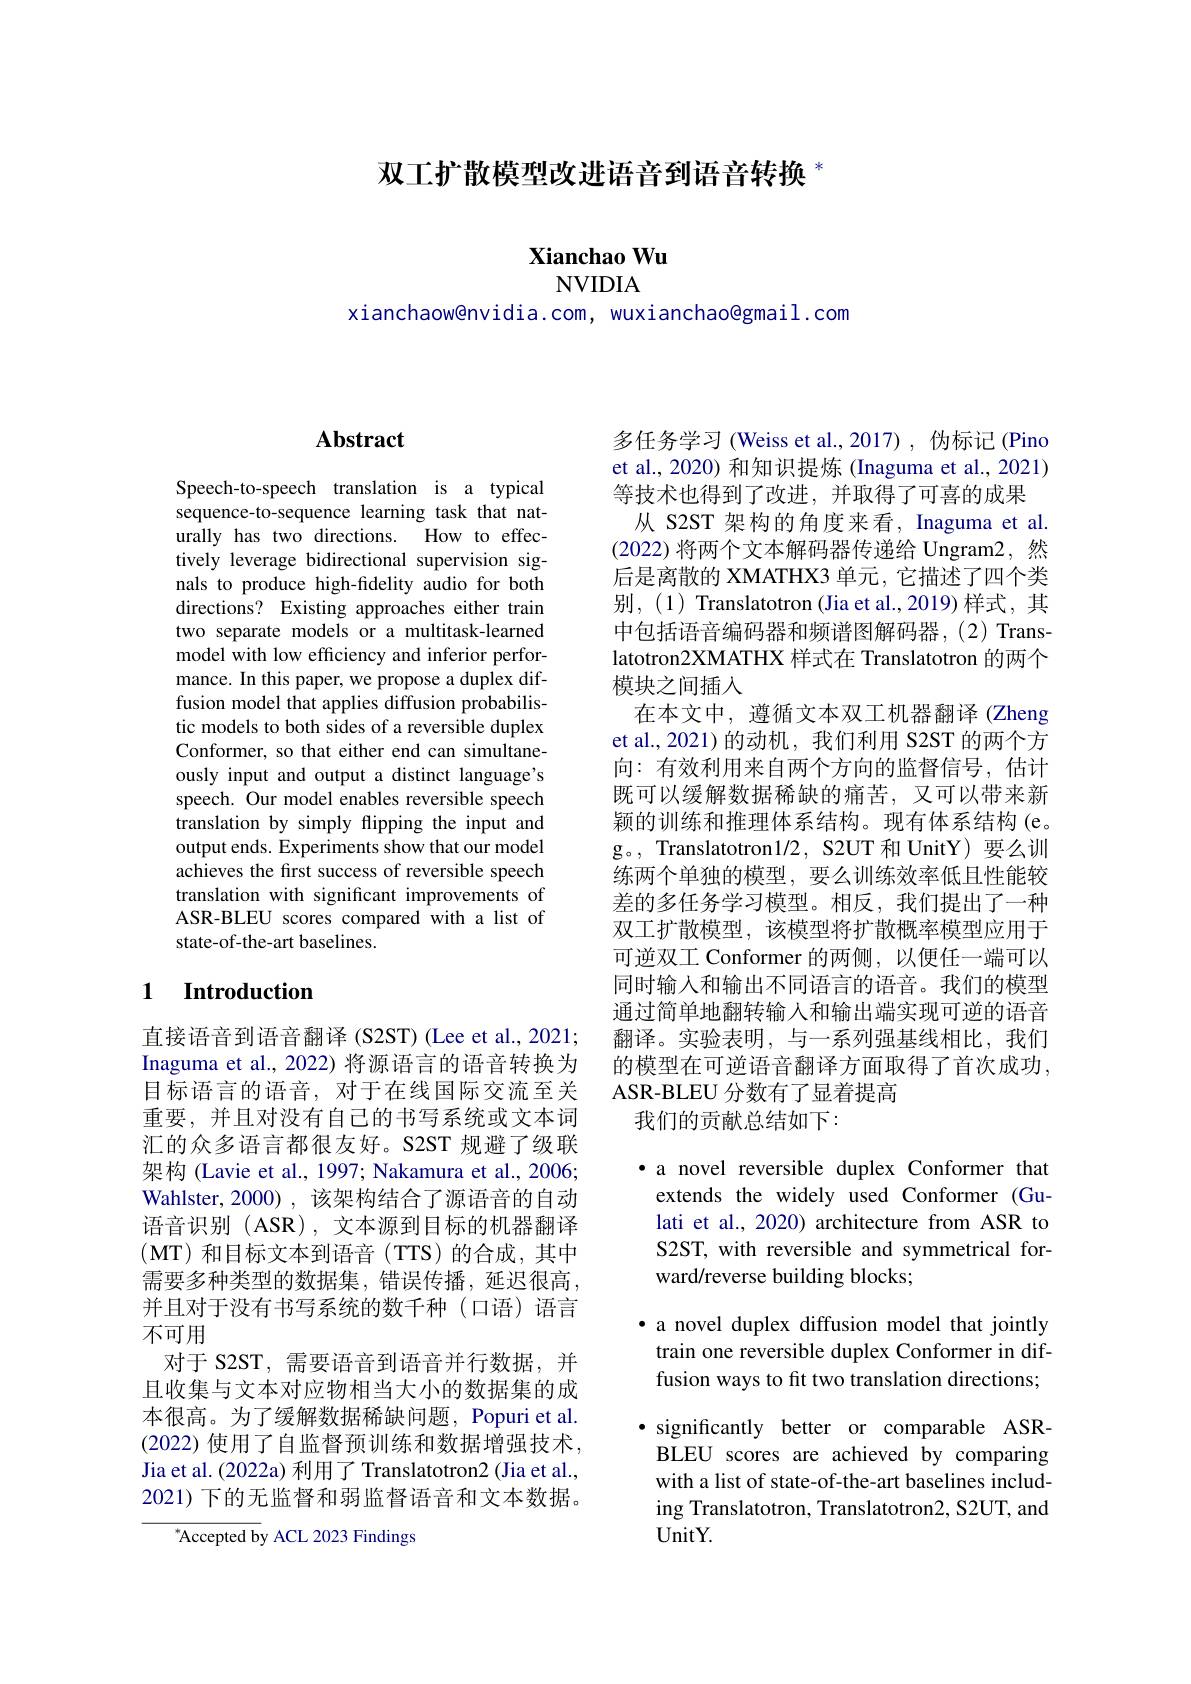
双工扩散模型改进语音到语音转换$^{*}$

## Xianchao Wu NVIDIA

xianchaowenvidia.com, wuxianchao@gmail.com

## $\mathbf{Abstract}$

Speech-to-speech translation is a typical sequence-to-sequence learning task that naturally has two directions. How to effectively leverage bidirectional supervision signals to produce high-fidelity audio for both directions? Existing approaches either train two separate models or a multitask-learned model with low efficiency and inferior performance. In this paper, we propose a duplex diffusion model that applies diffusion probabilistic models to both sides of a reversible duplex Conformer, so that either end can simultaneously input and output a distinct language's speech. Our model enables reversible speech translation by simply flipping the input and output ends. Experiments show that our model achieves the first success of reversible speech translation with significant improvements of ASR-BLEU scores compared with a list of state-of-the-art baselines.

### 1 $\textbf{Introduction}$

直接语音到语音翻译 (S2ST) (Lee et al., 2021; Inaguma et al., 2022) 将源语言的语音转换为目标语言的语音，对于在线国际交流至关重要，并且对没有自己的书写系统或文本词汇的众多语言都很友好。S2ST 规避了级联架构 (Lavie et al., 1997; Nakamura et al., 2006; Wahlster,2000),该架构结合了源语音的自动语音识别 (ASR), 文本源到目标的机器翻译(MT)和目标文本到语音(TTS)的合成，其中需要多种类型的数据集，错误传播，延迟很高， 并且对于没有书写系统的数千种(口语)语言不可用
对于 S2ST, 需要语音到语音并行数据，并且收集与文本对应物相当大小的数据集的成本很高。为了缓解数据稀缺问题，Popuri et al. (2022) 使用了自监督预训练和数据增强技术， Jia et al. (2022a) 利用了 Translatotron2 (Jia et al., 2021)下的无监督和弱监督语音和文本数据。

$^{*}$Accepted by ACL 2023 Findings

多任务学习 (Weiss et al.,2017), 伪标记 (Pino et al., 2020) 和知识提炼 (Inaguma et al., 2021) 等技术也得到了改进，并取得了可喜的成果
从 S2ST 架构的角度来看，Inaguma et al. (2022)将两个文本解码器传递给 Ungram2,然后是离散的 XMATHX3 单元，它描述了四个类别，(1) Translatotron (Jia et al.,2019)样式，其中包括语音编码器和频谱图解码器，(2) Translatotron2XMATHX 样式在 Translatotron 的两个模块之间插入
在本文中，遵循文本双工机器翻译 (Zheng et al., 2021) 的动机，我们利用 S2ST 的两个方向：有效利用来自两个方向的监督信号，估计既可以缓解数据稀缺的痛苦，又可以带来新颖的训练和推理体系结构。现有体系结构(e。g。, Translatotron1/2, S2UT 和 UnitY)要么训练两个单独的模型，要么训练效率低且性能较差的多任务学习模型。相反，我们提出了一种双工扩散模型，该模型将扩散概率模型应用于可逆双工 Conformer 的两侧，以便任一端可以同时输入和输出不同语言的语音。我们的模型通过简单地翻转输入和输出端实现可逆的语音翻译。实验表明，与一系列强基线相比，我们的模型在可逆语音翻译方面取得了首次成功， ASR-BLEU 分数有了显着提高
我们的贡献总结如下：

·a novel reversible duplex Conformer that
extends the widely used Conformer (Gulati et al., 2020) architecture from ASR to S2ST, with reversible and symmetrical forward/reverse building blocks;

· a novel duplex diffusion model that jointly train one reversible duplex Conformer in diffusion ways to fit two translation directions; ·significantly better or comparable ASRBLEU scores are achieved by comparing with a list of state-of-the-art baselines including Translatotron, Translatotron2, S2UT, and $UnitY.$